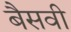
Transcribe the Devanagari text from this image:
बैसवी